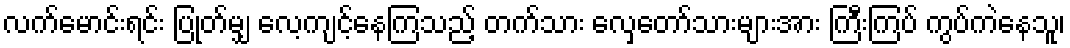
လက်မောင်းရင်း ပြုတ်မျှ လေ့ကျင့်နေကြသည့် တက်သား လှေတော်သားများအား ကြီးကြပ် ကွပ်ကဲနေသူ၊